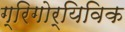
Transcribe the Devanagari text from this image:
ग्रिगोर्यिविक